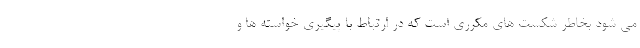
می شود بخاطر شکست های مکرری است که در ارتباط با پیگیری خواسته ها و